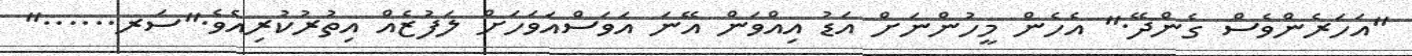
"އަހަރެންވެސް ގެންދޭ." އެހެން މީހުންނަށް އަޑު އިއްވަން އޭނަ އަވަސްއަވަހަށް ލަފުޒެއް އިތުރުކުރިއެވެ."ސަރ......"